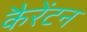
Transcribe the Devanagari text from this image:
कैरेंटन